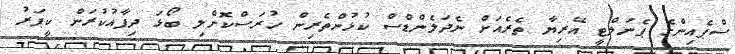
ސްޕެއިންގެ ޕެނަލްޓީ އޭރިޔާ ތެރެއަށް ނެދަލެންޑްސް ކުޅުންތެރިން ހުރަސްކޮށްލި ބޯޅަ ދިފާއުކުރަން ކީޕަރު